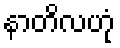
နာတိလဟုံ